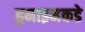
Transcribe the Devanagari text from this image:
हुमाइनकडे